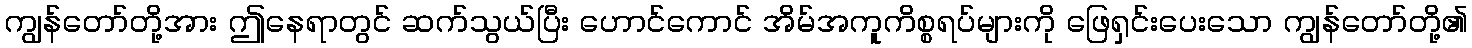
ကျွန်တော်တို့အား ဤနေရာတွင် ဆက်သွယ်ပြီး ဟောင်ကောင် အိမ်အကူကိစ္စရပ်များကို ဖြေရှင်းပေးသော ကျွန်တော်တို့၏